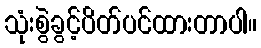
သုံးစွဲခွင့်ပိတ်ပင်ထားတာပါ။